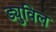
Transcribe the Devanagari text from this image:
ड्युविल